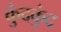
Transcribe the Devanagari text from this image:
कुंदकुंद